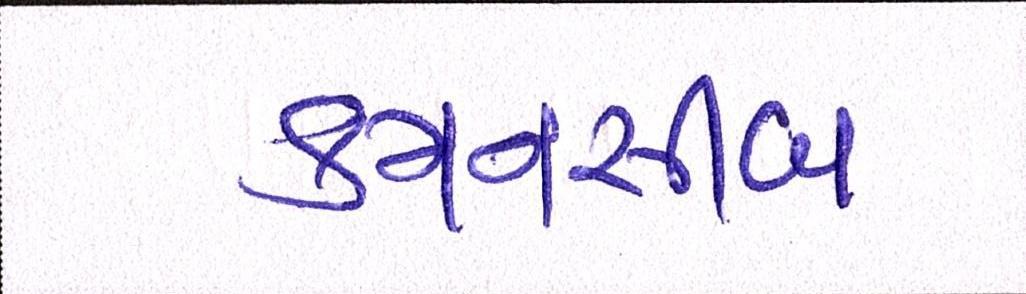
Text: કમનસીબ